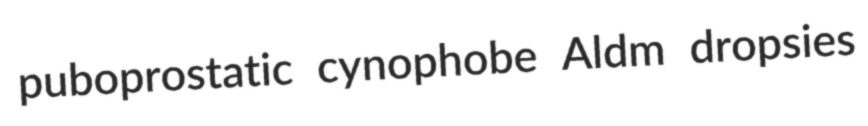
puboprostatic cynophobe Aldm dropsies